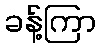
ခန့်ကြာ